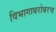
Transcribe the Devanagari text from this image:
विभागाबरोबरच